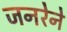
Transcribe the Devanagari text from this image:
जनरेने